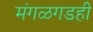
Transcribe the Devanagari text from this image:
मंगळगडही